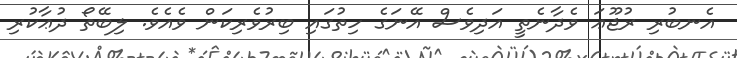
އެނބުރި ރުޖޫޢަ ވެދާނެތީ އަދިވެސް އޭނަގެ ހިތުގައި ބިރުވެރިކަން ވެއެވެ. ލިބޭތޯ ދުޢާކުރި